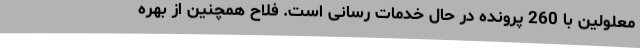
معلولین با 260 پرونده در حال خدمات رسانی است. فلاح همچنین از بهره